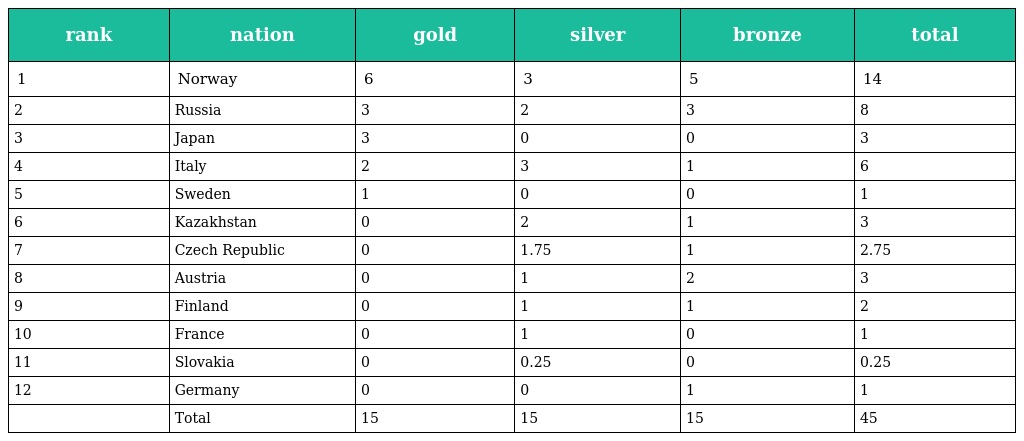
| rank | nation | gold | silver | bronze | total |
 | --- | --- | --- | --- | --- | --- |
 | 1 | Norway | 6 | 3 | 5 | 14 |
 | 2 | Russia | 3 | 2 | 3 | 8 |
 | 3 | Japan | 3 | 0 | 0 | 3 |
 | 4 | Italy | 2 | 3 | 1 | 6 |
 | 5 | Sweden | 1 | 0 | 0 | 1 |
 | 6 | Kazakhstan | 0 | 2 | 1 | 3 |
 | 7 | Czech Republic | 0 | 1.75 | 1 | 2.75 |
 | 8 | Austria | 0 | 1 | 2 | 3 |
 | 9 | Finland | 0 | 1 | 1 | 2 |
 | 10 | France | 0 | 1 | 0 | 1 |
 | 11 | Slovakia | 0 | 0.25 | 0 | 0.25 |
 | 12 | Germany | 0 | 0 | 1 | 1 |
 |  | Total | 15 | 15 | 15 | 45 |